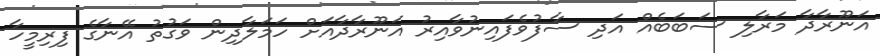
އަނޫރާދާ މަރާލި ސަބަބެެއް އަދި ސާފުވެފައިނުވާއިރު އަނޫރާދާއަށް ހަމަލާދިން ވަގުތު އޭނާގެ ފިރިމީހާ